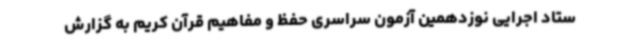
ستاد اجرایی نوزدهمین آزمون سراسری حفظ و مفاهیم قرآن کریم به گزارش